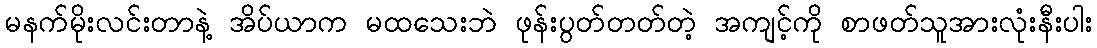
မနက်မိုးလင်းတာနဲ့ အိပ်ယာက မထသေးဘဲ ဖုန်းပွတ်တတ်တဲ့ အကျင့်ကို စာဖတ်သူအားလုံးနီးပါး